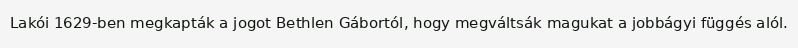
Lakói 1629-ben megkapták a jogot Bethlen Gábortól, hogy megváltsák magukat a jobbágyi függés alól.